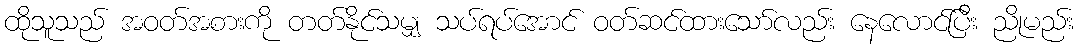
ထိုသူသည် အဝတ်အစားကို တတ်နိုင်သမျှ သပ်ရပ်အောင် ဝတ်ဆင်ထားသော်လည်း နေလောင်ပြီး ညိုမည်း